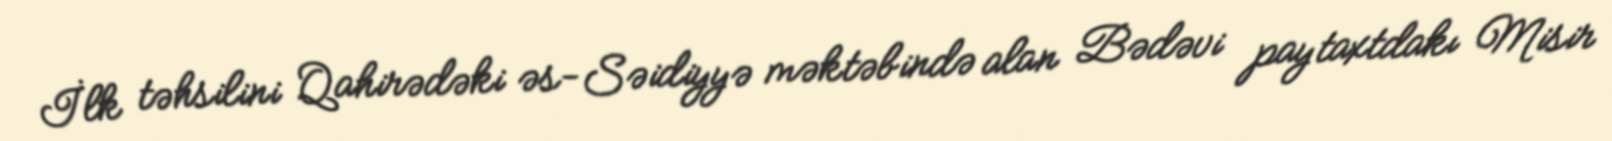
İlk təhsilini Qahirədəki əs-Səidiyyə məktəbində alan Bədəvi paytaxtdakı Misir